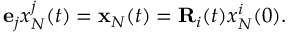
\begin{array} { r } { { \bf e } _ { j } x _ { N } ^ { j } ( t ) = { \bf x } _ { N } ( t ) = { \bf R } _ { i } ( t ) x _ { N } ^ { i } ( 0 ) . } \end{array}